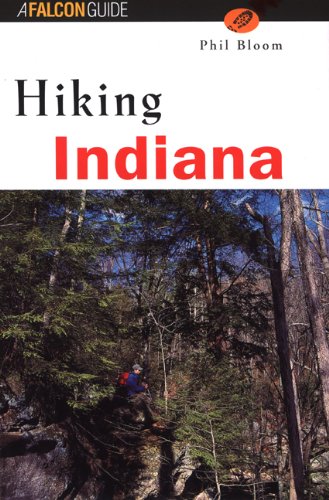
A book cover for Hiking Indiana (State Hiking Guides Series); Phil Bloom; Travel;